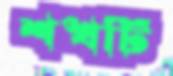
শঙ্খটি